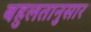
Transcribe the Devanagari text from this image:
बहुलतानुसार